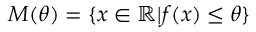
M ( \theta ) = \{ x \in \mathbb { R } | f ( x ) \le \theta \}